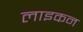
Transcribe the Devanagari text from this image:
लाइकन